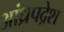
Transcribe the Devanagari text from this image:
आंध्रपद्रेश